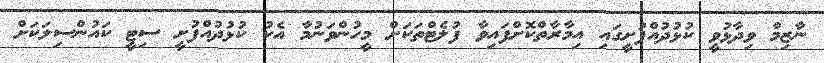
ނާޒިމް ވިދާޅުވީ ކުޅުދުއްފުށީގައި އިމާރާތްކޮށްފައިވާ ފުލެޓްތަކަށް މީހުންވަނުމާ އެކު ކުޅުދުއްފުށީ ސިޓީ ކައުންސިލަކަށް